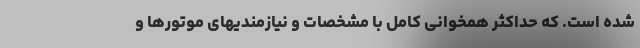
شده است. که حداکثر همخوانی کامل با مشخصات و نیازمندیهای موتورها و